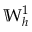
\mathbb { W } _ { h } ^ { 1 }